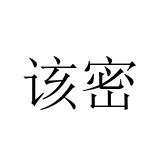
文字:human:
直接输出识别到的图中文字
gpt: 该密